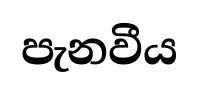
පැනවීය